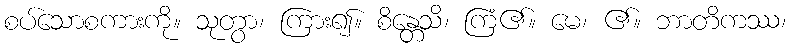
စပ်သောစကားကို။ သုတွာ၊ ကြား၍။ စိန္တေသိ၊ ကြံ၏။ မေ၊ ၏။ ဘာတိကဿ၊